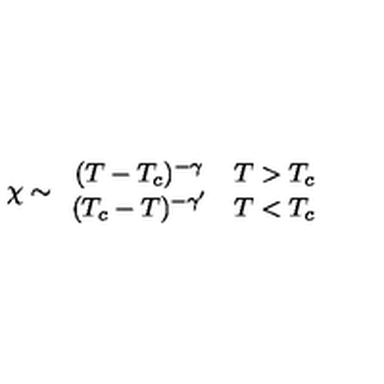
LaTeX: \chi \sim \begin{array} { c c } { ( T - T _ { c } ) ^ { - \gamma } } & { T > T _ { c } } \\ { ( T _ { c } - T ) ^ { - \gamma ^ { \prime } } } & { T < T _ { c } } \\ \end{array}